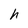
Character: h